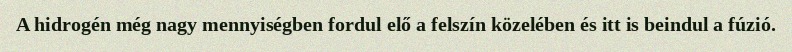
A hidrogén még nagy mennyiségben fordul elő a felszín közelében és itt is beindul a fúzió.